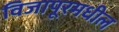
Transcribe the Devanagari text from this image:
विजापूरमधील